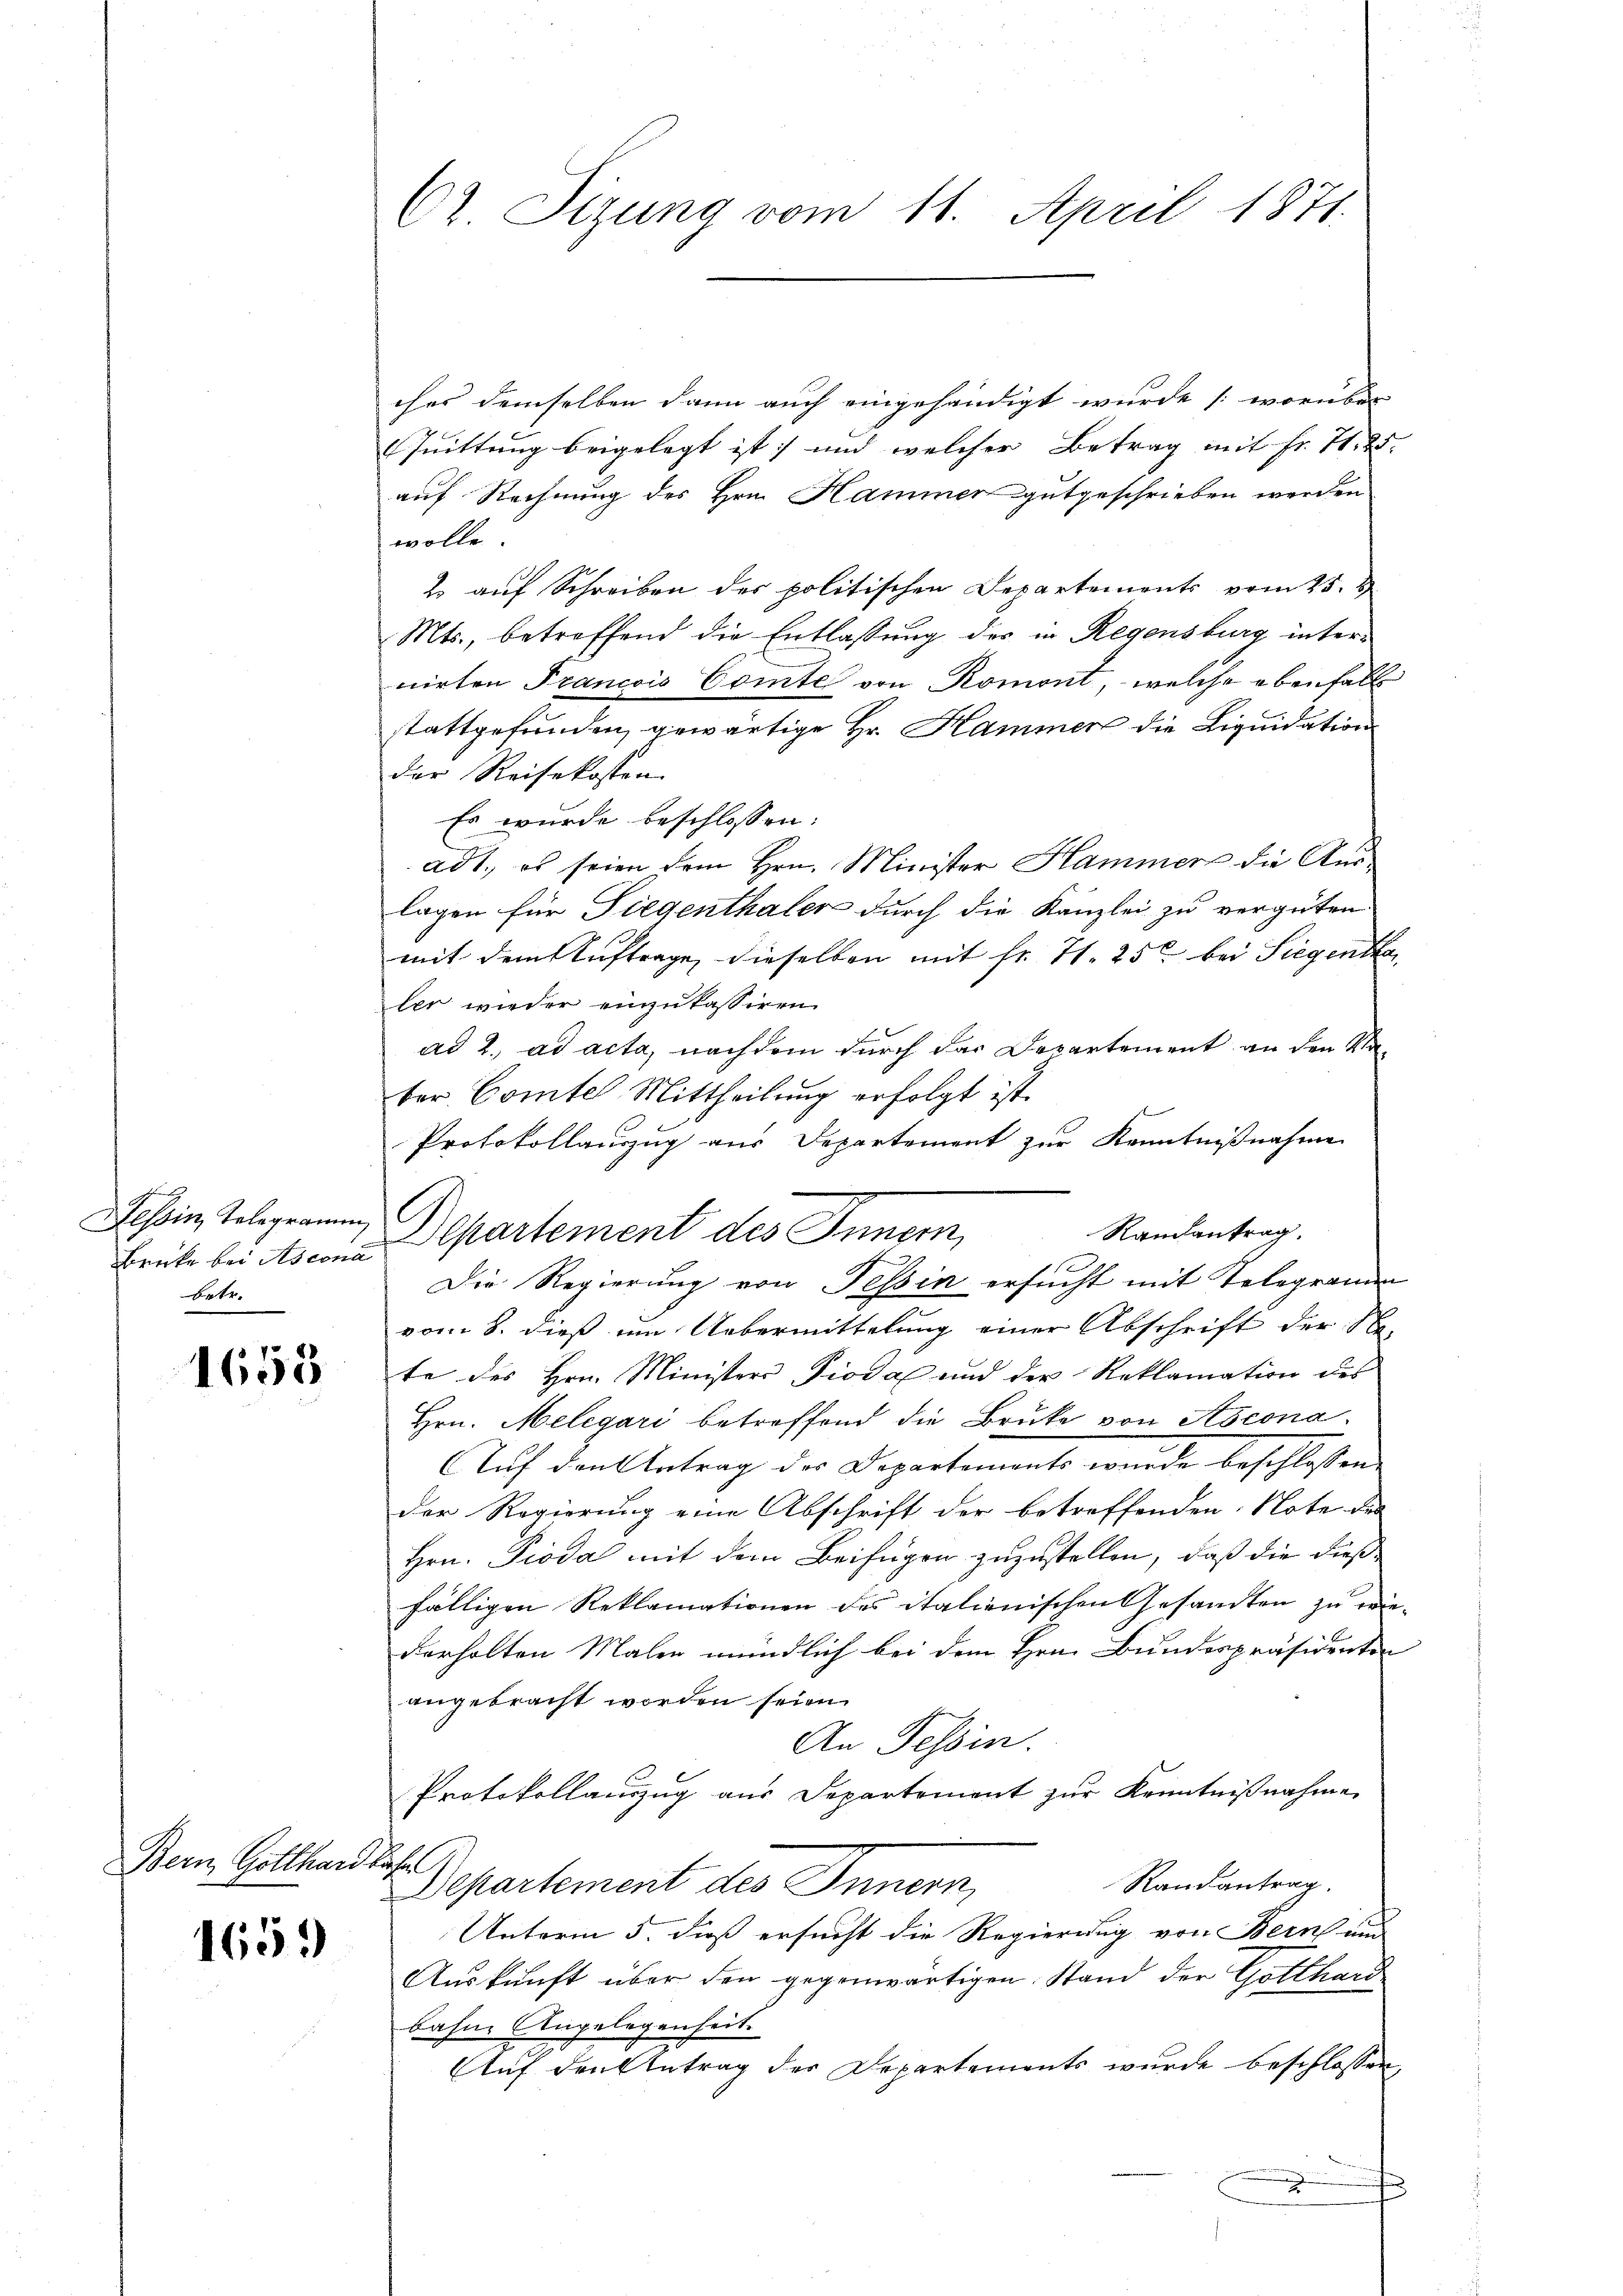
Tessin, Telegramm
betr.

1653

Bern Gotthard Basel

1659

62 Sizung vom 11. April 1871.

ches demselben dann auch eingehändigt wurde (worüber
Quittung beigelegt ist; und welcher Betrag mit Fr. 11. 25.
auf Rechnung des Hrn. Hammer gutgeschrieben werden
wolle.
2 auf Schreiben des politischen Departements vom 25. 8
Mts., betreffend die Entlassung des in Regensburg internirten Francois Comte von Romont, welche ebenfall
stattgefunden, gewärtige Hr. Hammen die Liquidation
der Reisekosten.
Es wurde beschlossen:
ad 1., ob seien dem Hrn. Minister Hammer die Auslagen für Siegenthaler durch die Kanzlei zu vergüten.
mit dem Auftrage, dieselben mit Fr. 71. 250 bei Siegentha
ler wieder einzukassiren
ad 2. ad acta, nachdem durch das Departement an den Maber Comtes Mittheilung erfolgt ist.
Protokollauszug aus Departement zur Kenntnißnahme
Randantrag.
Brüke bei Aserina partement des Innern,
Die Regierung von Tessin ersucht mit Telegrande
vom 8. dieß um Uebermittelung einer Abschrift der Na-
te des Hrn. Ministers Piodal und der Reklamation des
Hrn. Melegari betreffend die Bruke von Ascona
Auf den Antrag der Departemento wurde beschlossen
der Regierung eine Abschrift der betreffenden Note der
Hrn. Pioda mit dem Beifügen zuzustellen, daß die dießfälligen Reklamationen des italienischen Gesandten zu wiederholten Malen mündlich bei dem Hrn. Bundespräsidenten
angebracht worden seien.
An Tessin.
Protokollanzug aus Departement zur Kenntnißnahme
Randantrag.
Departement des Innern,
Unterm 5. dieß ersucht die Regierung von Bern und
Auskunft über den gegenwärtigen Stand der Gotthardbahne Angelegenheit
Auf den Antrag der Departements wurde beschlossen,
.

C